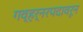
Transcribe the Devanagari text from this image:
गव्हर्नरपदावरून